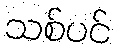
သစ်ပင်